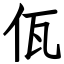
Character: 佤